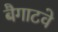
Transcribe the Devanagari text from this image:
बैगाटवे